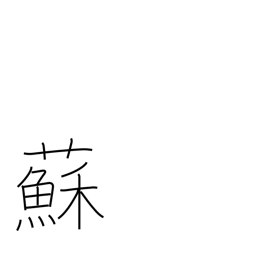
Meaning: perilla